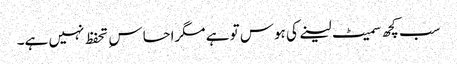
سب کچھ سمیٹ لینے کی ہوس تو ہے مگراحساس ِ تحفظ نہیں ہے۔